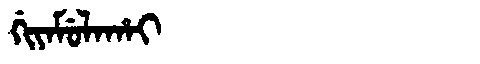
Manchu: ᡤᡳᠶᠠᠮᡠᠯᠠᡥᠠᡳ
Romanization: GIYAMULAHAI